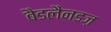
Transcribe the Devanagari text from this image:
बैडलैनडज़